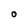
Character: O